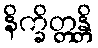
နိက္ခိတ္တန္တိ